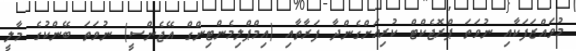
މުވައްޒަފަކާއި ނުވަތަ ޕްރޮޖެކްޓް ކުރިއަށްގެންދާ ފަރާތާއި (އިމްޕްލިމެންޓިންގް އޭޖެންސީ) ނުވަތަ ބޭންކުގެ މާލީ